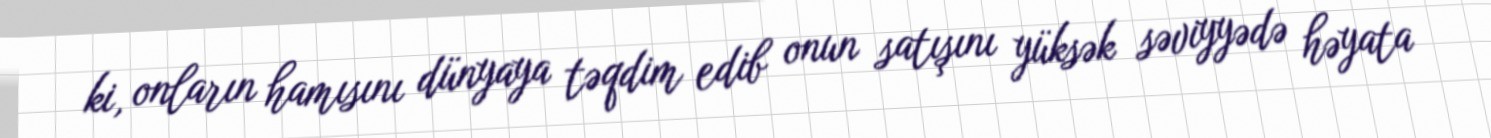
ki, onların hamısını dünyaya təqdim edib onun satışını yüksək səviyyədə həyata